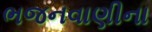
ભજનવાણીના